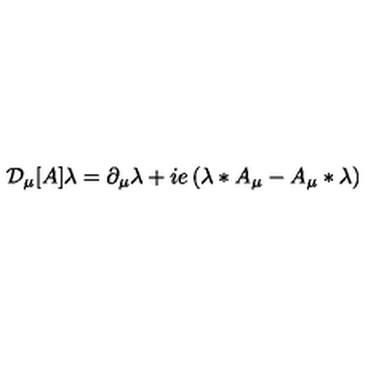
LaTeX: { \cal D } _ { \mu } [ A ] \lambda = \partial _ { \mu } \lambda + i e \left( \lambda * A _ { \mu } - A _ { \mu } * \lambda \right)